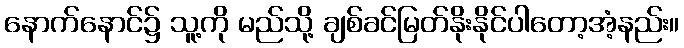
နောက်နောင်၌ သူ့ကို မည်သို့ ချစ်ခင်မြတ်နိုးနိုင်ပါတော့အံ့နည်း။